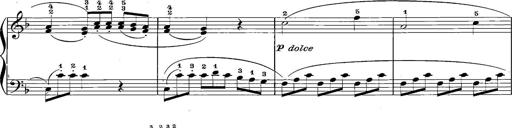
Title: 12 Sonatinas
Composer: Ignaz Pleyel